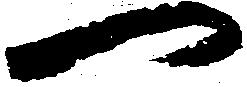
一